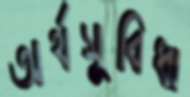
অর্থসুবিধা